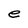
Character: e